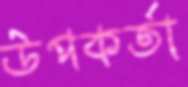
উপকর্তা